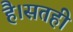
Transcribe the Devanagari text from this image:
है।सतही